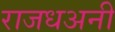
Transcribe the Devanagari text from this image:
राजधअनी